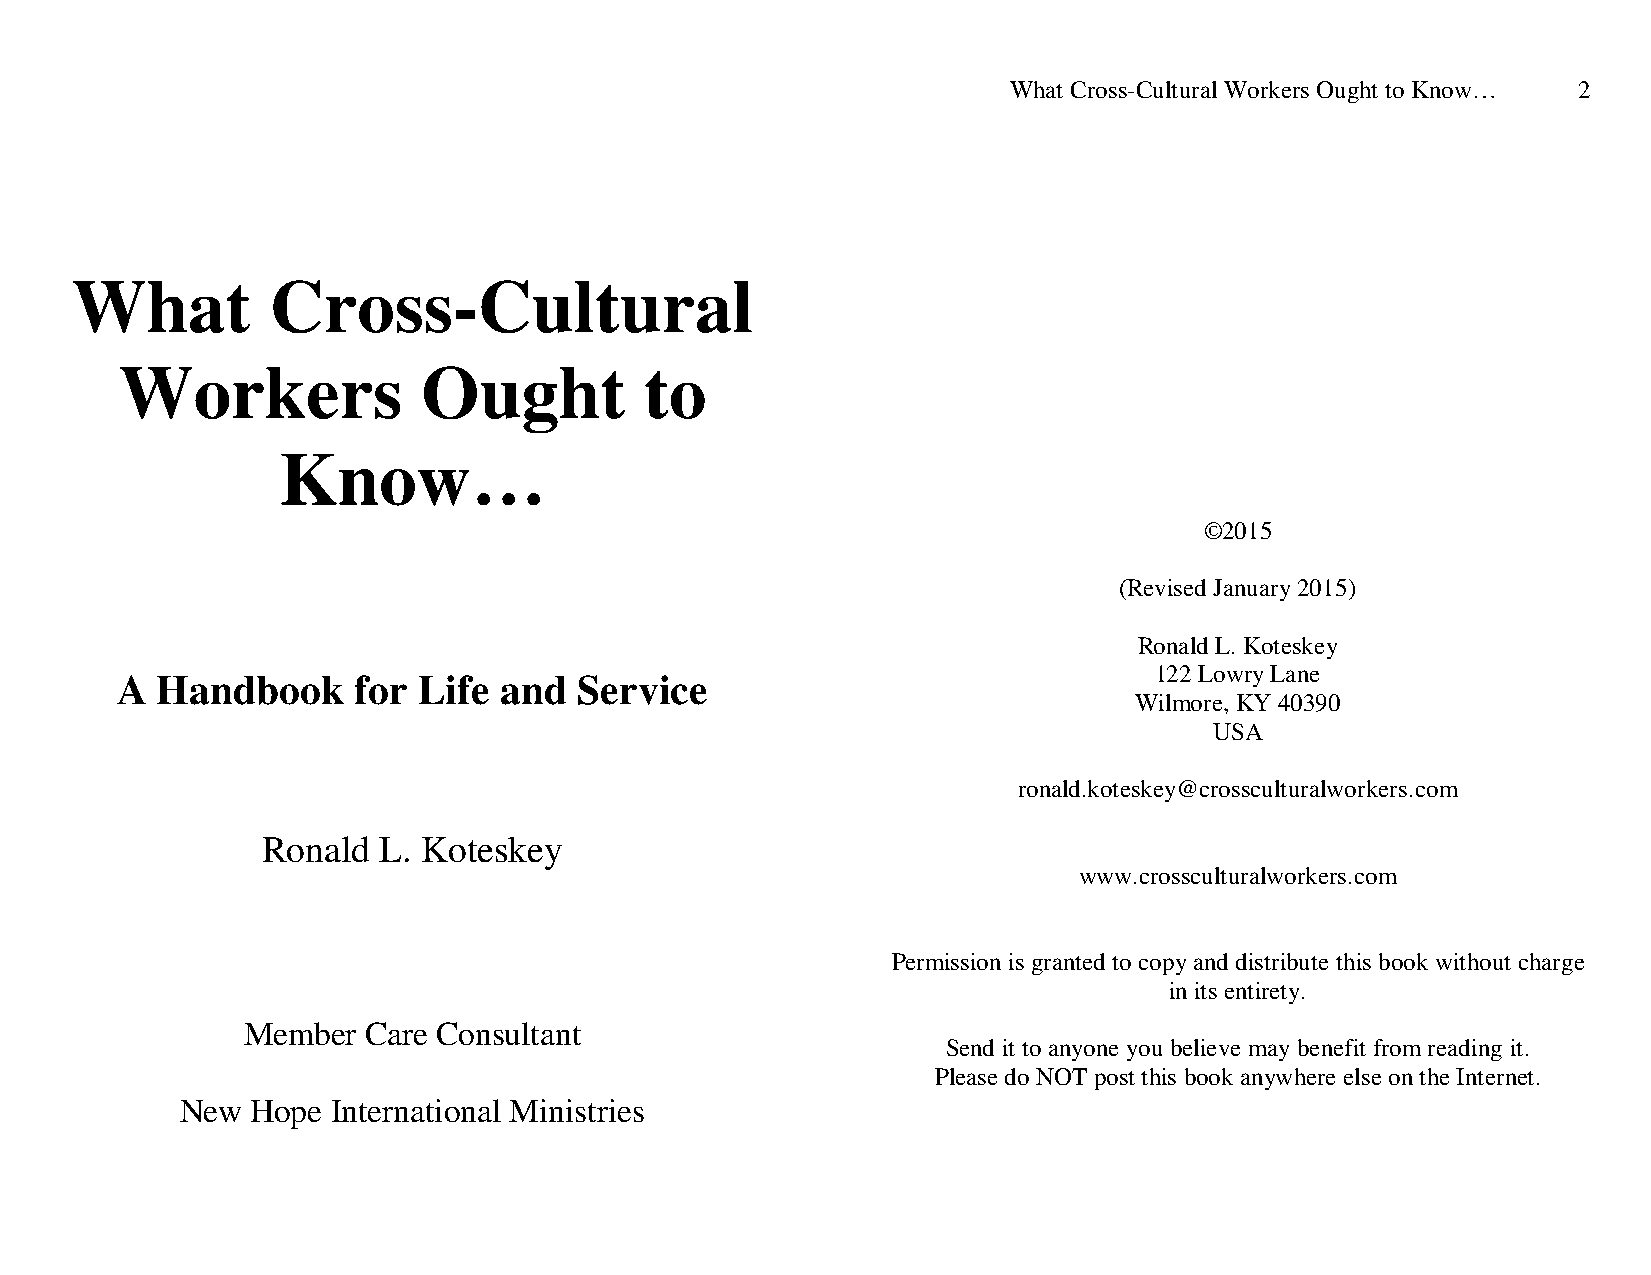
What Cross-Cultural Workers Ought to Know… 2
 What         Cross-Cultural
 Workers             Ought          to
 Know…
 ©2015
 (Revised January 2015)
 Ronald L. Koteskey
 122 Lowry Lane
 A Handbook     for  Life and  Service
 Wilmore, KY 40390
 USA
 ronald.koteskey@crossculturalworkers.com
 Ronald  L. Koteskey
 www.crossculturalworkers.com
 Permission is granted to copy and distribute this book without charge
 in its entirety.
 Member  Care Consultant
 Send it to anyone you believe may benefit from reading it.
 Please do NOT post this book anywhere else on the Internet.
 New  Hope International Ministries